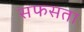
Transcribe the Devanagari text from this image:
सफसता